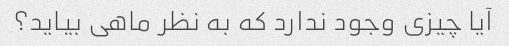
آیا چیزی وجود ندارد که به نظر ماهی بیاید؟